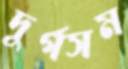
দুর্গসম